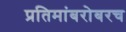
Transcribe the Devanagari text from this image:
प्रतिमांबरोबरच